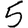
Digit: 5